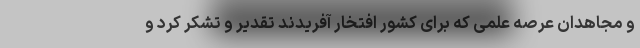
و مجاهدان عرصه علمی که برای کشور افتخار آفریدند تقدیر و تشکر کرد و